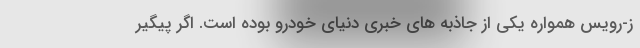
ز-رویس همواره یکی از جاذبه های خبری دنیای خودرو بوده است. اگر پیگیر